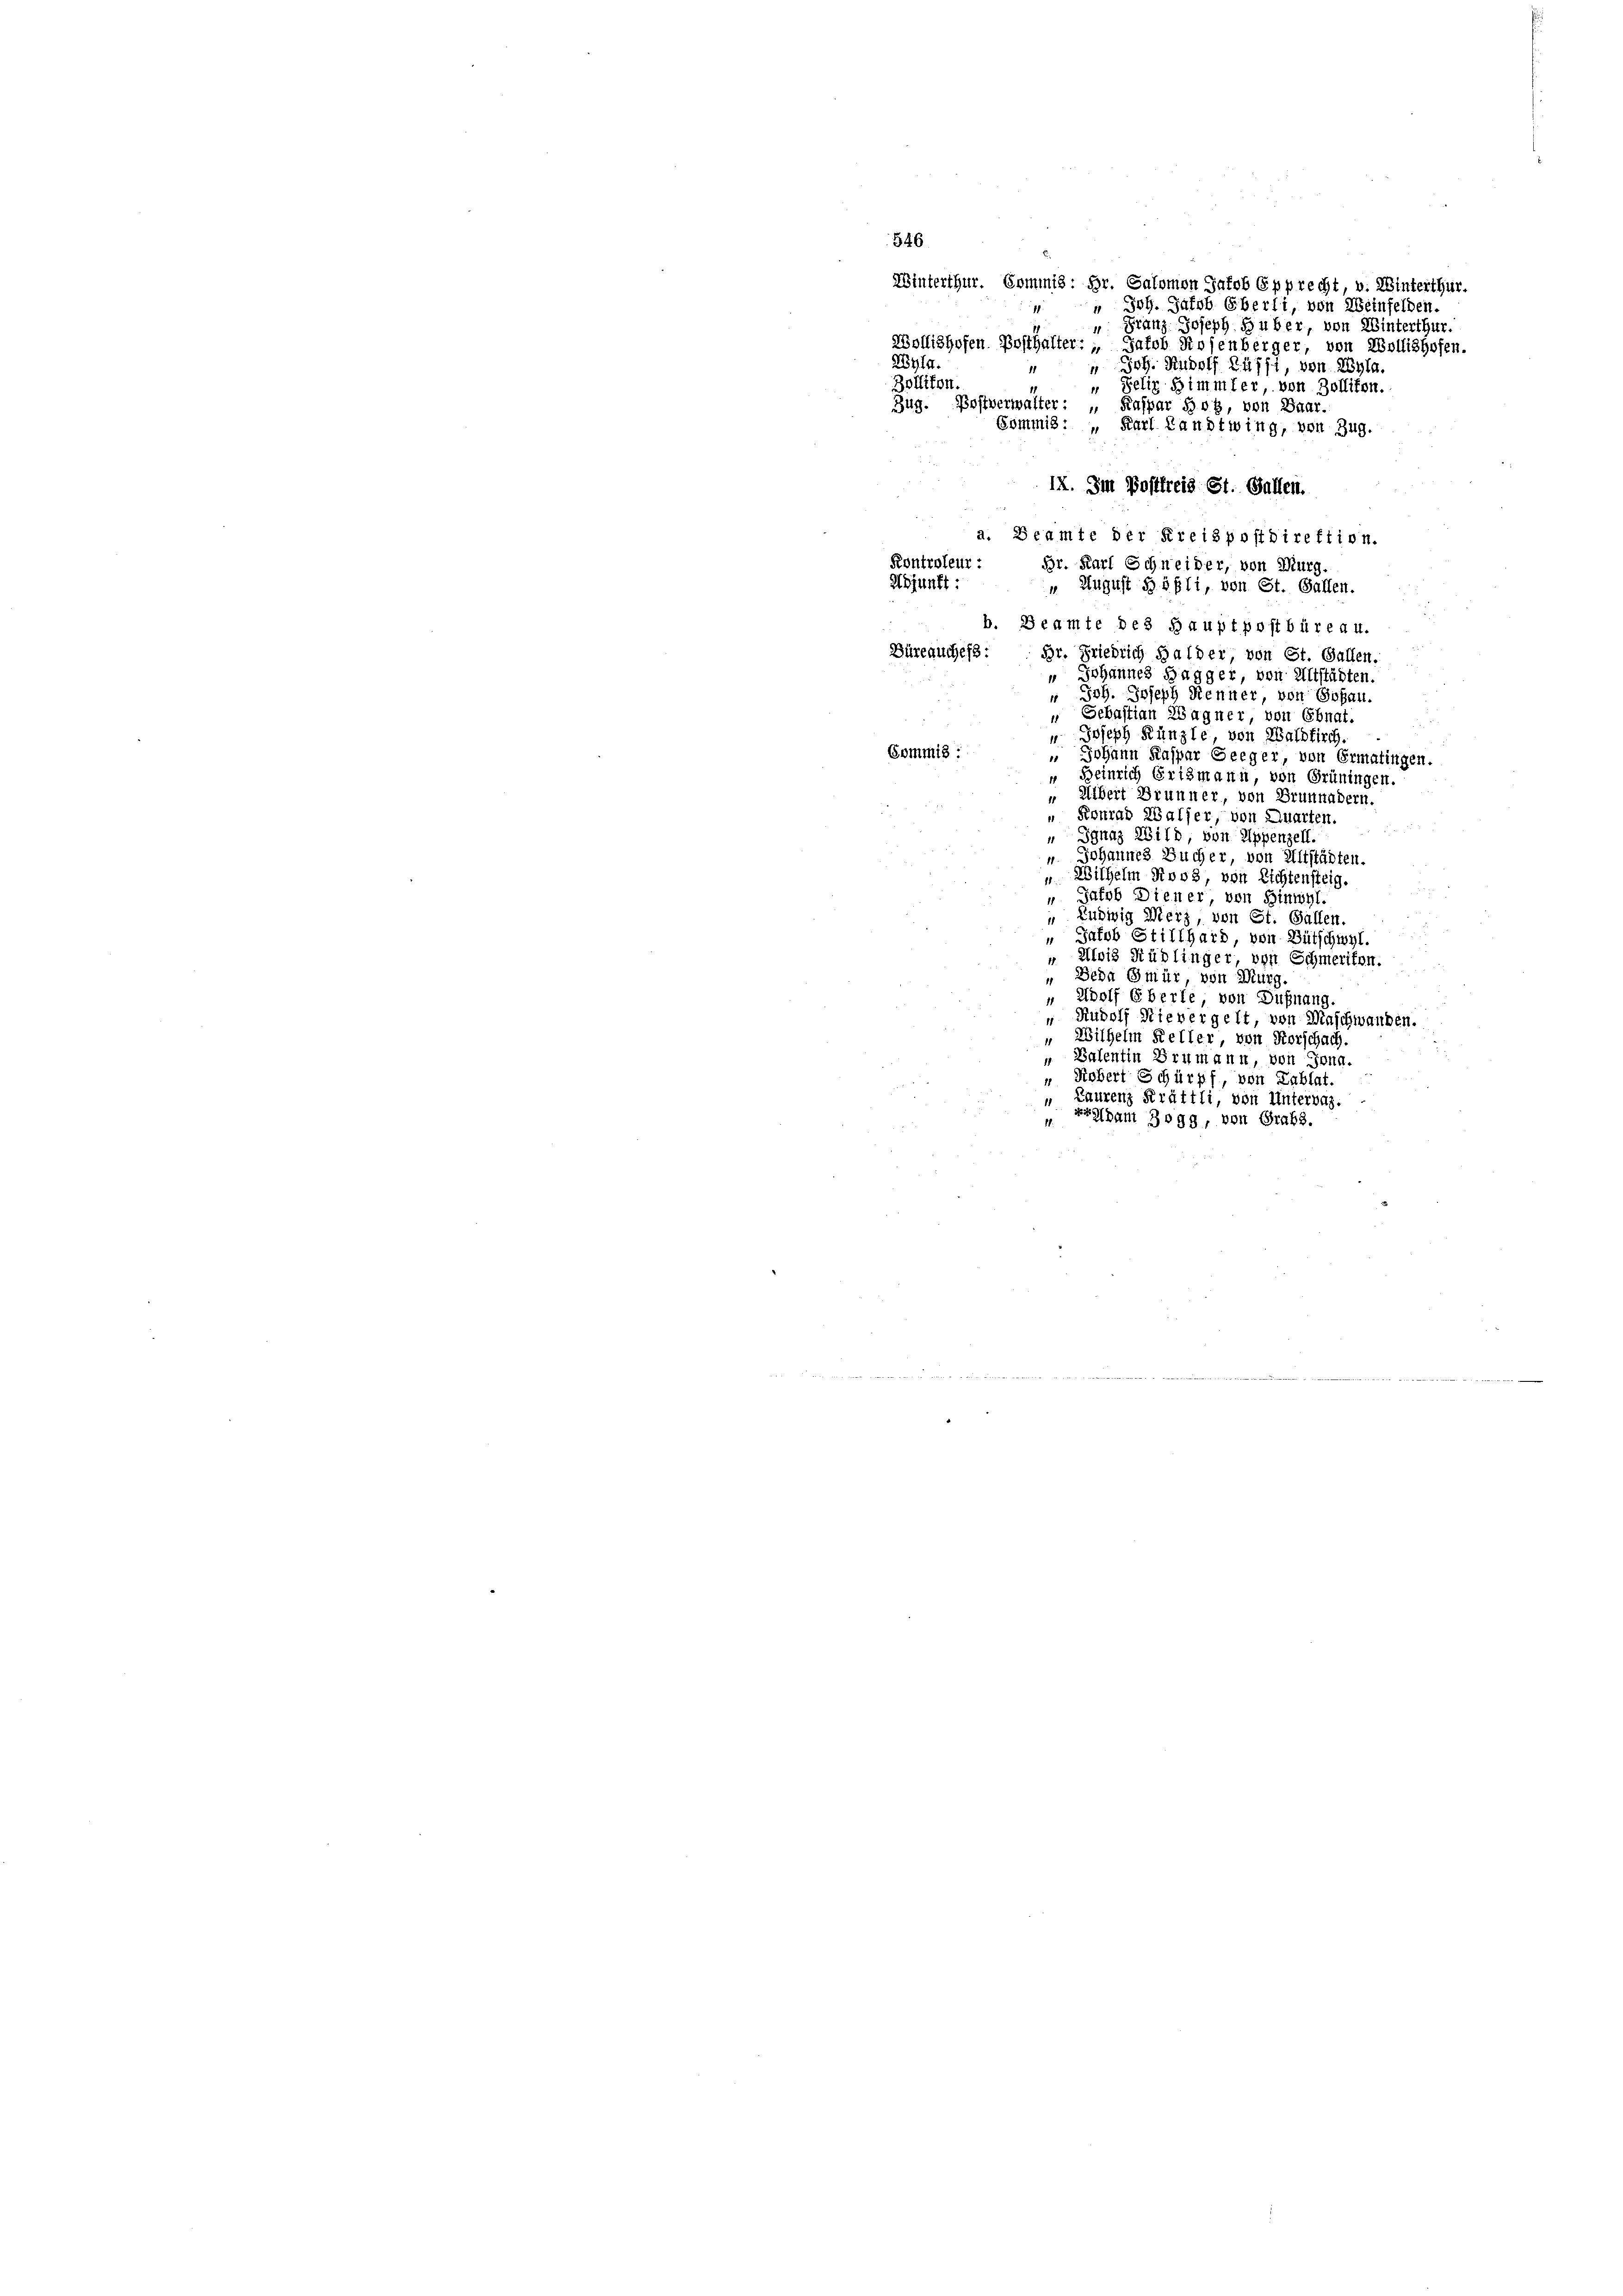
546
Winterthur. Commis: Hr. Salomon Jakob Epprecht, u. Winterthur.
Wollishofen Posthalter: „Jakob Rosenberger, von Wollishofen.
25414.
Bollikon.
11
Zug. Bostverwalter: „Kaspar Hotz, von Baar.
Sommis: " Karl Landtwing, von Zug.
IX. Im Postfreis St. Gallen.
a. Beamte der Kreispostdirektion.
Kontroleur:
Br. Karl Schneider, von Murg.
Adjunkt:
 August Göpli, von St. Gallen.
b. Beamte des Hauptpostbüreau.
Büreauches:
Br. Friedrich Halder von St. Gallen.
 Johannes Bagger, von Altstädten.
" Joh. Joseph Renner von Goßau.
 Sebastian Wagner, von Ebnat.
 Joseph Künzle, von Waldkirch.
Gommis
 Johann Kaspar Seeger, von Ermatingen.
“ Beinrich Erismann, von Grüningen.
" Albert Brunner, von Brunnndern.
Konrad Walser, von Quarten.
 Ignaz Wild, von Appenzell.
Johannes Bucher, von Altstädten.
"Wilhelm Roos, von Richtensteig.
“ Jakob Diener von Hinwyl.
" Ludwig Merz, von St. Gallen.
 Jakob Stillhard, von Bütschwyl.
" Alois Rüdlinger von Schmeriken.
Beda Gmür, von Murg,
11
Zdolf Eberte, von Dußnang.
 Rudolf Nievergelt, von Maschwanden.
"Wilhelm Keller, von Forschach.
 Valentin Brumann, von Jona.
" Robert Schürpf, von Tablat.
„ Laurenz Kräftli, von Untervaz.
vrepant Bogg, von Grabs.
11.

" Joh. Jakob Eberli, von Weinfelden.
" Franz Joseph Huber, von Winterthur.
 Joh. Rudolf Rafft, von Wyla.
" Selig Simmler, von Zollikon.